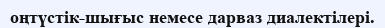
оңтүстік-шығыс немесе дарваз диалектілері.